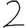
Digit: 2